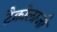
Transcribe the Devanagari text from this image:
टैक्नोलाजी